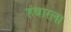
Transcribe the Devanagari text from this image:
हंबारला